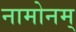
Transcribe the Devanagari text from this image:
नामोनम्